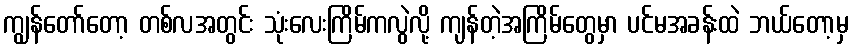
ကျွန်တော်တော့ တစ်လအတွင်း သုံးလေးကြိမ်ကလွဲလို့ ကျန်တဲ့အကြိမ်တွေမှာ ပင်မအခန်းထဲ ဘယ်တော့မှ